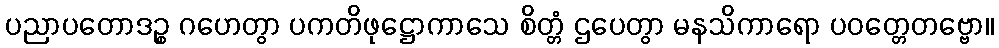
ပညာပတောဒဉ္စ ဂဟေတွာ ပကတိဖုဋ္ဌောကာသေ စိတ္တံ ဌပေတွာ မနသိကာရော ပဝတ္တေတဗ္ဗော။